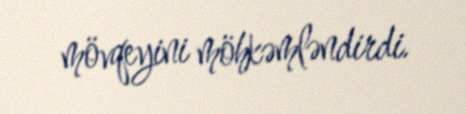
mövqeyini möhkəmləndirdi.